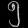
Digit: ၅